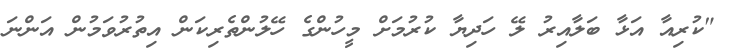
"ކުރިއާ އަޅާ ބަލާއިރު ލޭ ހަދިޔާ ކުރުމަށް މީހުންގެ ހޭލުންތެރިކަން އިތުރުވަމުން އަންނަ